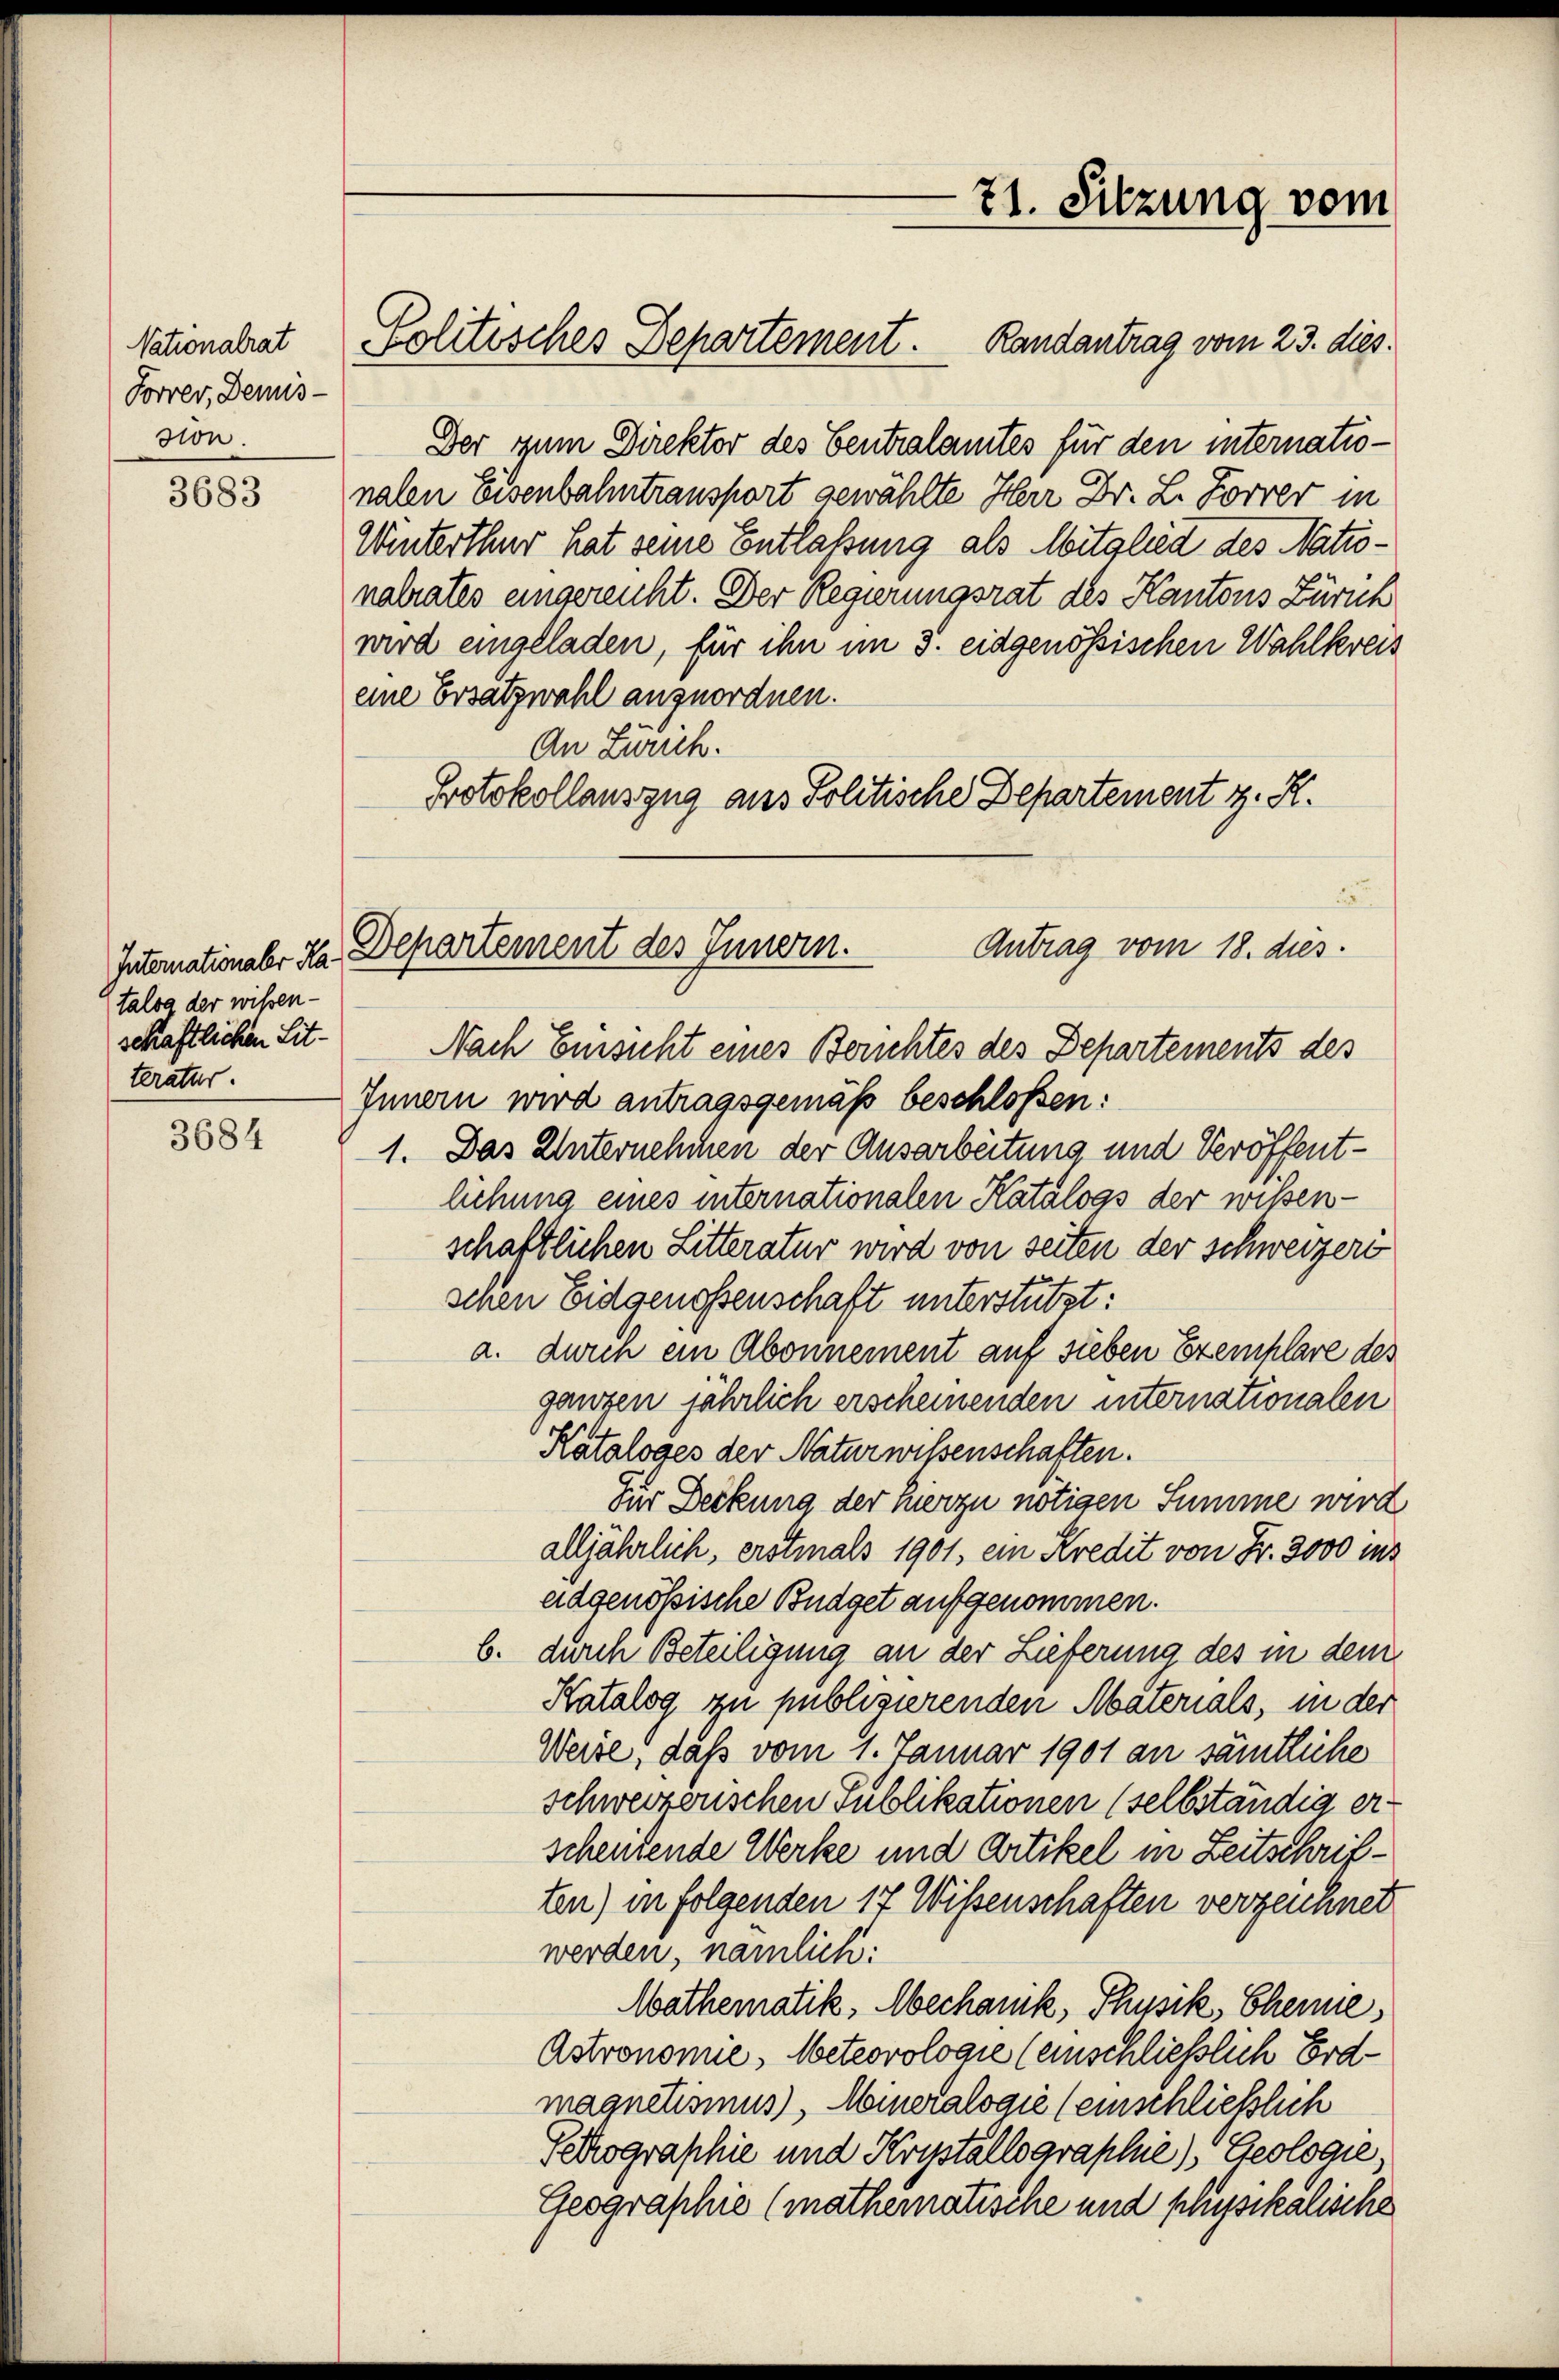
Nationalrat
Forrer, Demis-
son.

3683

3684

talog der wissen-
schaftlichen Sitteratur.

Der zum Direktor des Centralamtes für den internationalen Eisenbahntransport gewählte Herr Dr. L. Forrer in
Winterthur hat seine Entlaßung als Mitglied des Nationalrates eingereicht. Der Regierungsrat des Kantons Zürich
wird eingeladen, für ihn im 3. eidgenössischen Wahlkreis
eine Ersatzwahl anzuordnen.
An Zürich.
Protokollauszug aus Politische Departement z. R.
2

Colitisches Departement. Randantrag vom 23. dies

71. Sitzung vom

Antrag vom 18. dies
Internation aber da. Departement des Innern.

Nach Einsicht eines Berichtes des Departements des
Innern wird antragsgemäß beschlossen:
1. Das Unternehmen der Ausarbeitung und Veröffentlichung eines internationalen Katalogs der wissenschaftlichen Litteratur wird von seiten der schweizeri
schen Eidgenossenschaft unterstützt:
a. duren ein Abonnement auf sieben Exemplare des
ganzen jährlich erscheinenden internationalen
Kataloges der Naturwissenschaften.
Für Deckung der hierzu nötigen Summe wird
alljährlich, erstmals 1901, ein Kredit von Fr. 3000 ins
adgenössische Budget aufgenommen.
b. durch Beteiligung an der Lieferung des in dem
Katalog zu publizierenden Materials, in der
Weise, daß vom 1. Januar 1901 an sämtliche
schweizerischen Publikationen (selbständig erscheidende Werke und Artikel in Zeitschriften) in folgenden 17 Wissenschaften verzeichnet
werden, nämlich:
Wathematik, Mechanik, Thusik, Chemie,
Astronomie, Meteorologie (einschliesslich Erdmagnetismus, Mineralogie (einschließlich
Pehographie und Krystallographie), Geologie,
Geographie (mathematische und physikalische